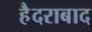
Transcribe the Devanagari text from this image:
हैैदराबाद